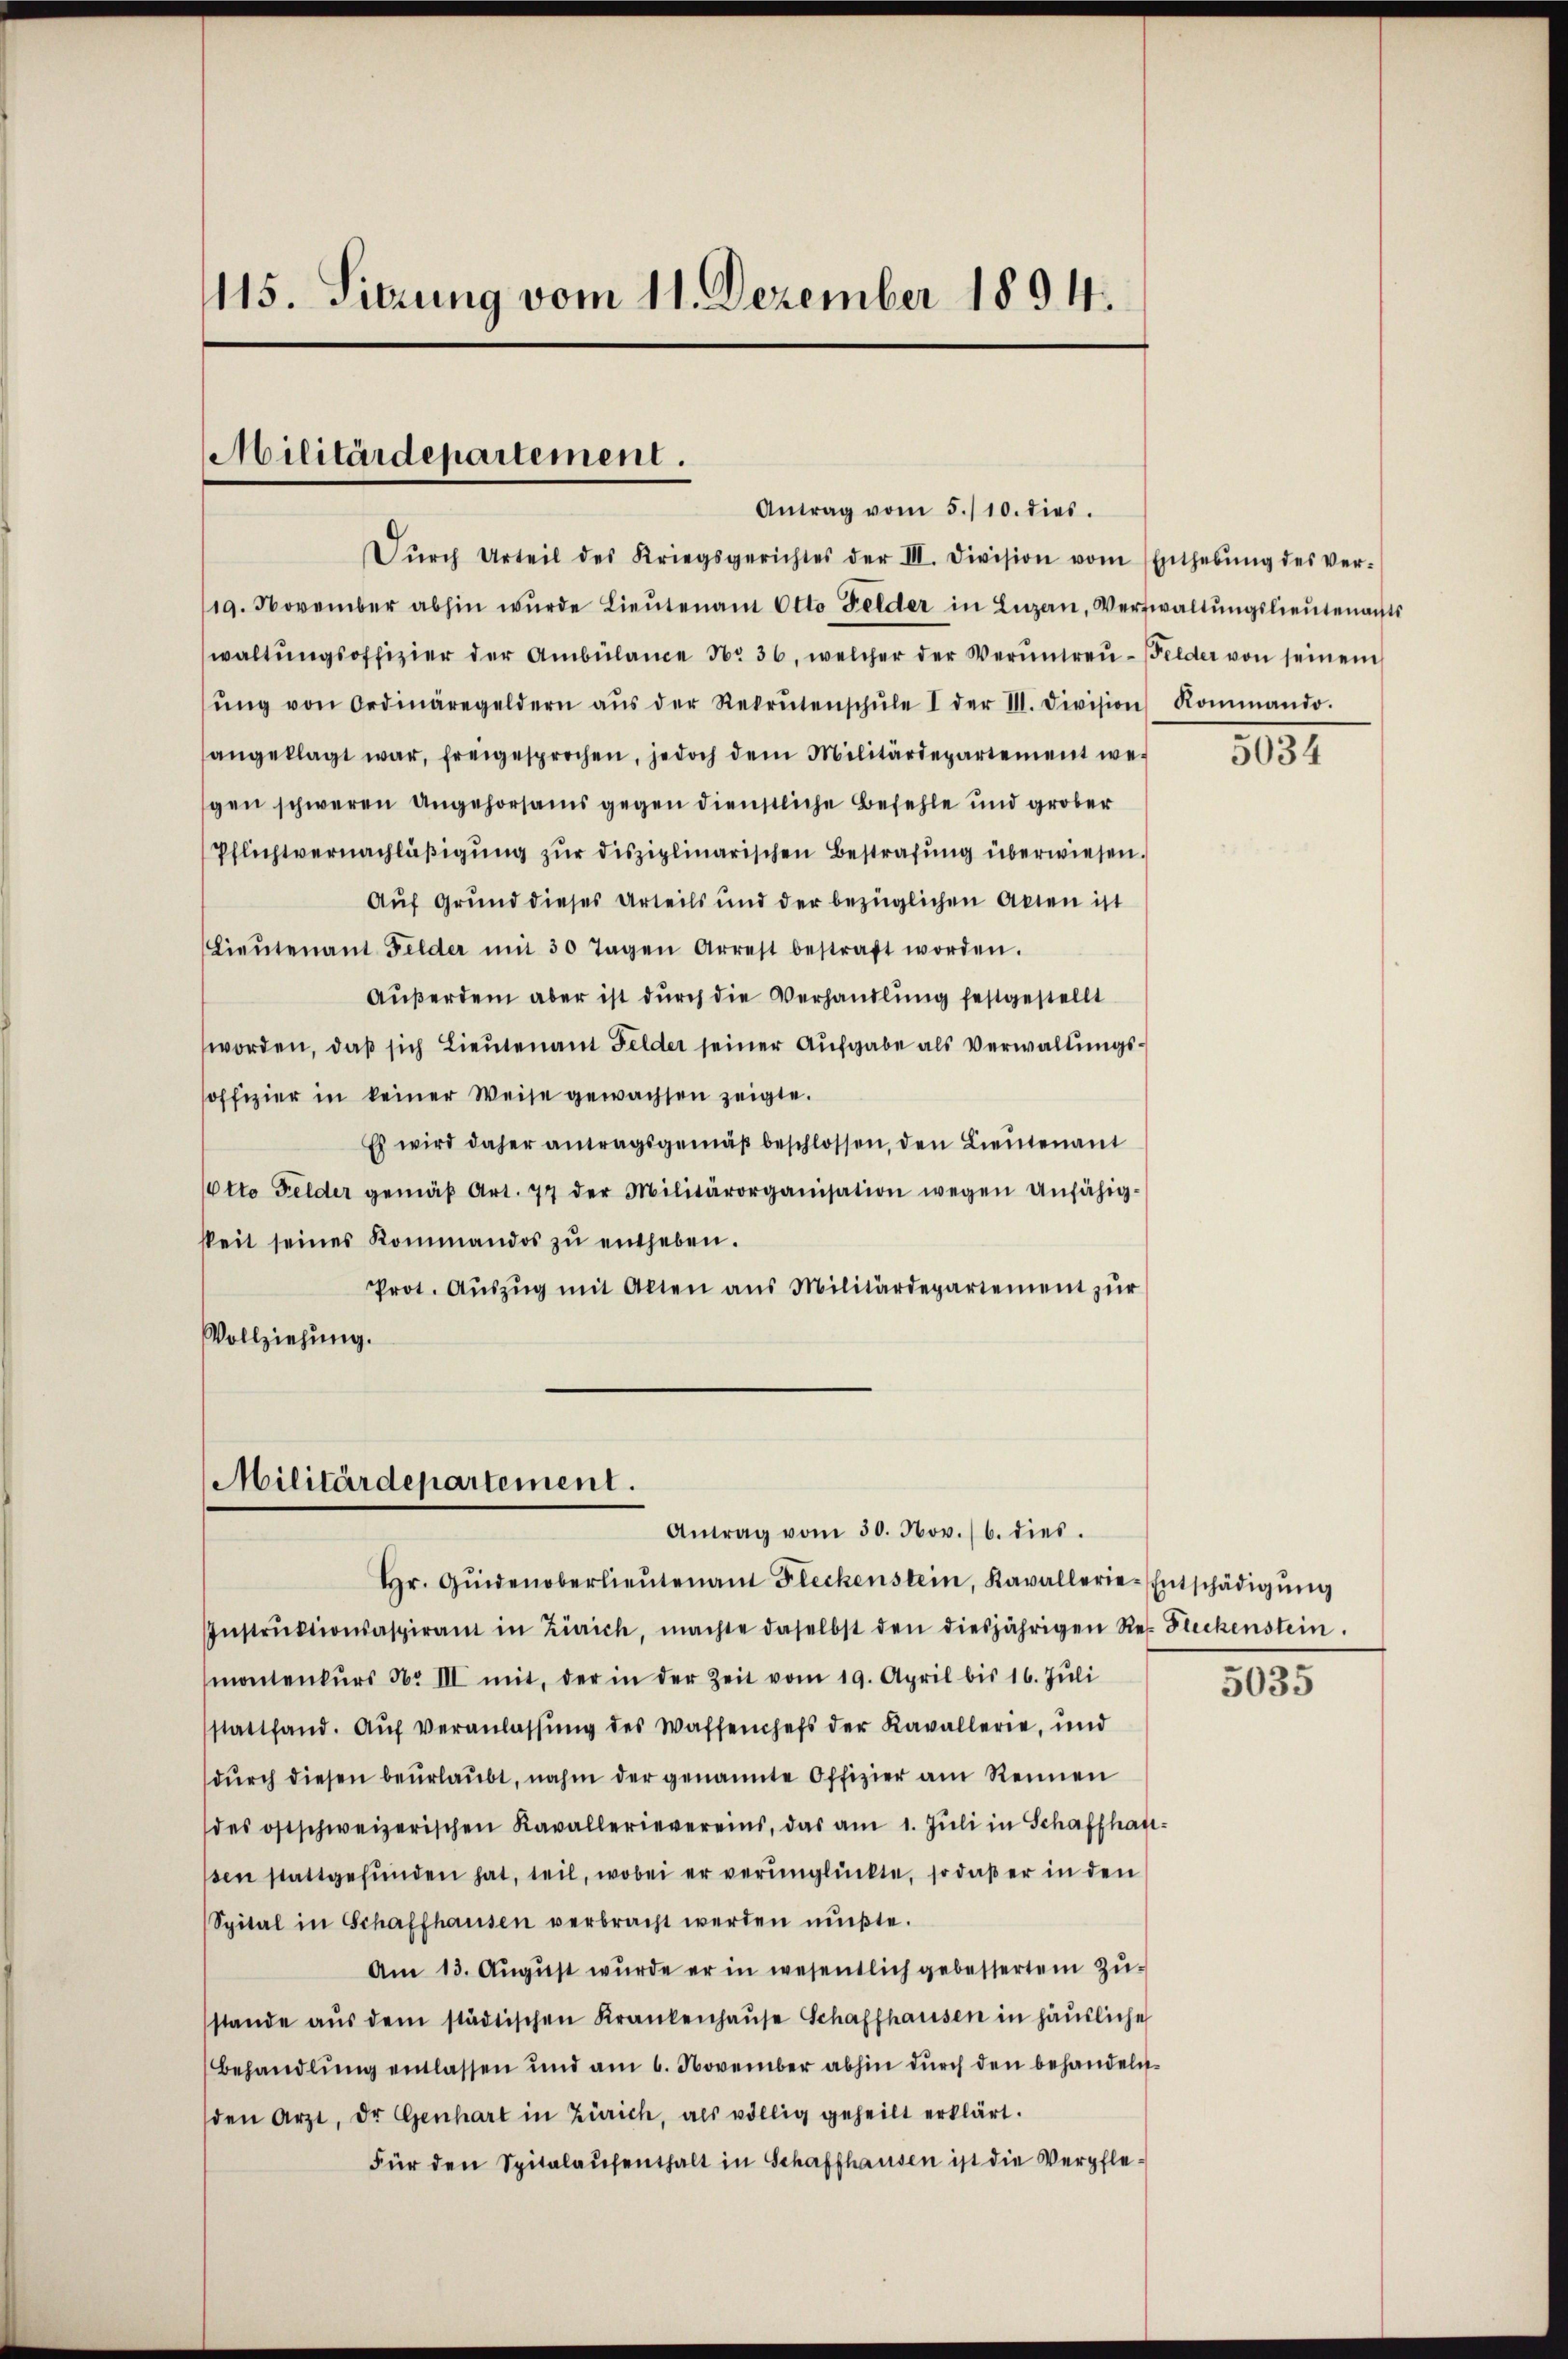
115. Sitzung vom 11. Dezember 1894.

Militärdepartement.
Antrag vom 5./10. dies.

Dŭrch Urteil des Kriegsgerichtes der III. Division vom Enthebŭng des ver-
19. November abhin wŭrde Lieŭtenamt Otto Felder in Luzern, Verwaltŭngslieutenants
waltŭngsoffizier der Ambülance No 36, welcher der Veruntreŭ-Felder von seinem
sŭng von Ordinäregeldern aŭs der Rekrutenschŭle I der III. Division Kommando.
angeklagt war, freigesprochen, jedoch dem Militärdepartement we-
gen schweren Angehorsams gegen dienstliche Befehle und grober
Pflichtvernachläßigung zur disziplinarischen Bestrafung überwiesen.
Auf Grund dieses Urteils und der bezüglichen Akten ist
Lieŭtenant Felder mit 30 Tagen Arrest bestraft worden.
Außerdem aber ist durch die Verhandlung festgestellt
worden, daß sich Lieutenant Felder seiner Aufgabe als Verwaltungsoffizier in keiner Weise gewachsen zeigte.
Es wird daher antragsgemäß beschlossen, den Lieutenant
Otto Felder gemäβ Art. 77 der Militärorganisation wegen anfähig-
kkeit seines Kommandos zu entheben.
Prot. Aŭszŭg mit Alten aus Militärdepartement zŭr
Vollziehung.

Militärdepartement.
Antrag vom 30. Nov. 16. dies.

hr. Qŭidenoberlieŭtenant Fleckenstein, Kavallerie-Entschädigŭng
Instrŭktionsaspirant in Zürich, machte daselbst den diesjährigen Res Fleckenstein.
montenkŭrs No III mit, der in der Zeit vom 19. April bis 16. Juli
stattfand. Aŭf Veranlassŭng des Waffenchefs der Kavallerie, und
dŭrch diesen beurlaŭbt, nahm der genannte Offizier am Reinen
des ostschweizerischen Kavallerievereins, das am 1. Jŭli in Schaffha
ssen stattgefunden hat, teil, wobei er verunglückte, so daß er in den
Spital in Schaffhausen verbracht werden müβte.
Am 13. Aŭgŭst wŭrde er in wesentlich gebessertem Zŭ-
stande aŭs dem städtischen Krankenhaŭse Schaffhausen in häusliche
Behandlŭng entlassen und am 6. November abhin dŭrch den behandeln-
den Arzt, dr Genhart in Zürich, als völlig geheilt erklärt.
Für den Spitalaŭfenthalt in Schaffhausen ist die Verpfle¬

5034

5035